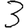
Digit: 3